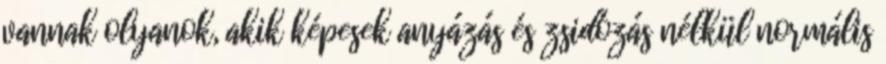
vannak olyanok, akik képesek anyázás és zsidózás nélkül normális